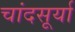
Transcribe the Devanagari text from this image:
चांदसूर्या